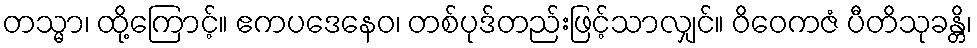
တသ္မာ၊ ထို့ကြောင့်။ ဧကပဒေနေဝ၊ တစ်ပုဒ်တည်းဖြင့်သာလျှင်။ ဝိဝေကဇံ ပီတိသုခန္တိ၊